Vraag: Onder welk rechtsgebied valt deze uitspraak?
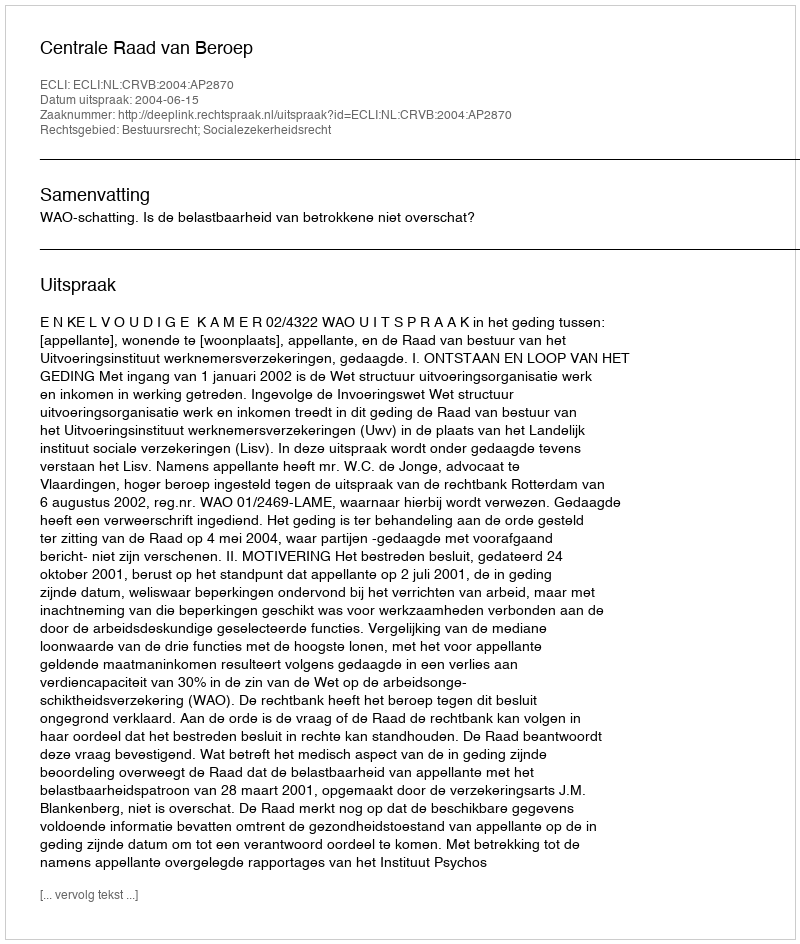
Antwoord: Bestuursrecht; Socialezekerheidsrecht